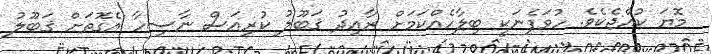
މޮޔަ ކުއްޖެކެވެ. ހުވަފެނަކީ ބިލާހެއްކަމަށް ރާއިދު ޤަބޫލު ކުރިއަސް ނާސިހާ އެގޮތަށް ޤަބޫލު